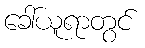
ခေါ်ယူရာတွင်